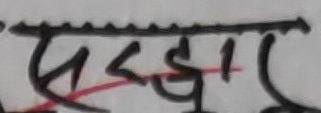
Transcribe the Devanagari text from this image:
सद्गार